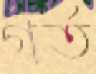
গর্ত